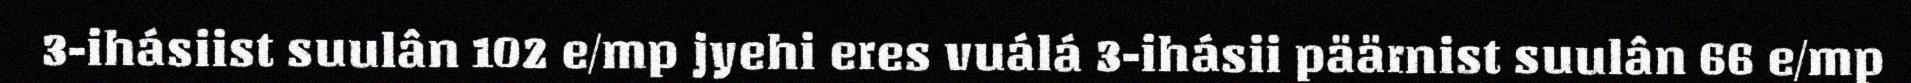
3-ihásiist suulân 102 e/mp jyehi eres vuálá 3-ihásii päärnist suulân 66 e/mp